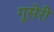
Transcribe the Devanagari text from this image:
गूसेरी